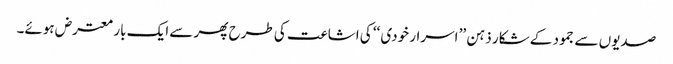
صدیوں سے جمود کے شکار ذہن ’’ اسرار خودی ‘‘ کی اشاعت کی طرح پھر سے ایک بار معترض ہوئے۔